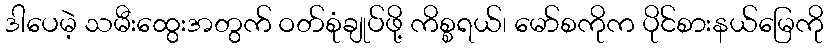
ဒါပေမဲ့ သမီးထွေးအတွက် ဝတ်စုံချုပ်ဖို့ ကိစ္စရယ်၊ မော်စကိုက ပိုင်စားနယ်မြေကို